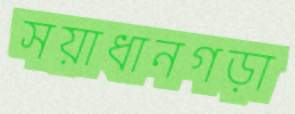
সয়াধানগড়া